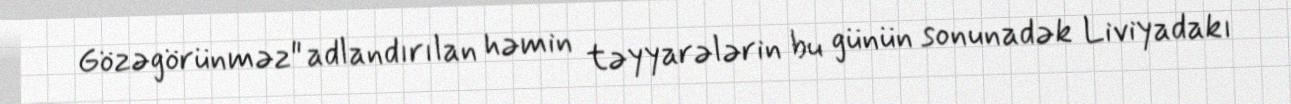
Gözəgörünməz" adlandırılan həmin təyyarələrin bu günün sonunadək Liviyadakı